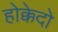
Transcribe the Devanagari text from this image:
होक्केदो